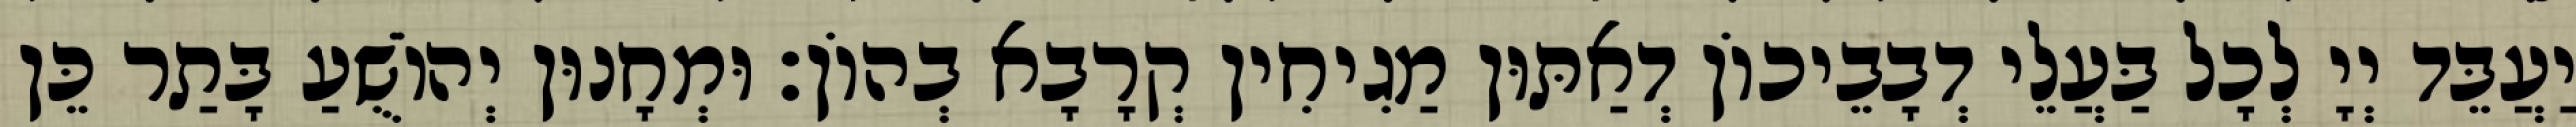
יַעֲבֵּד יְיָ לְכָל בַּעֲלֵי דְבָבֵיכוֹן דְאַתּוּן מַגִיחִין קְרָבָא בְהוֹן׃ וּמְחָנוּן יְהוֹשֻׁעַ בָּתַר כֵּן